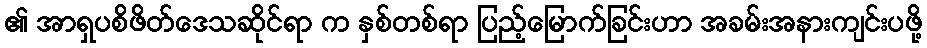
၏ အာရှပစိဖိတ်ဒေသဆိုင်ရာ က နှစ်တစ်ရာ ပြည့်မြောက်ခြင်းဟာ အခမ်းအနားကျင်းပဖို့